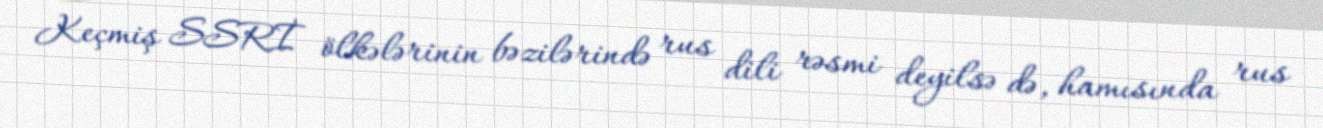
Keçmiş SSRİ ölkələrinin bəzilərində rus dili rəsmi deyilsə də, hamısında rus